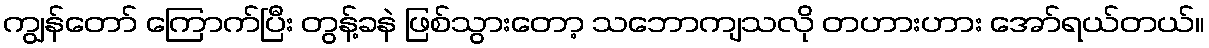
ကျွန်တော် ကြောက်ပြီး တွန့်ခနဲ ဖြစ်သွားတော့ သဘောကျသလို တဟားဟား အော်ရယ်တယ်။